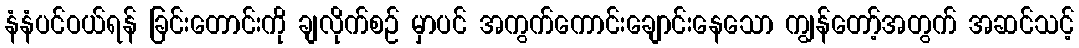
နံနံပင်ဝယ်ရန် ခြင်းတောင်းကို ချလိုက်စဉ် မှာပင် အကွက်ကောင်းချောင်းနေသော ကျွန်တော့်အတွက် အဆင်သင့်